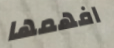
افهمها